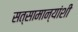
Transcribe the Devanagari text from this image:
सत्सामान्यांशी